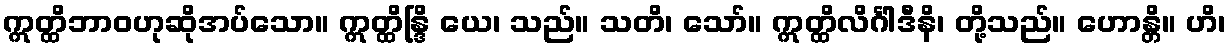
ဣတ္ထိဘာဝဟုဆိုအပ်သော။ ဣတ္ထိန္ဒြိ ယေ၊ သည်။ သတိ၊ သော်။ ဣတ္ထိလိင်္ဂါဒီနိ၊ တို့သည်။ ဟောန္တိ။ ဟိ၊